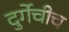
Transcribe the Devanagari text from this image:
दुर्गेचीच